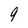
Character: 9